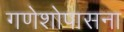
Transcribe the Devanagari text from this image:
गणेशोपासना